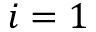
i = 1